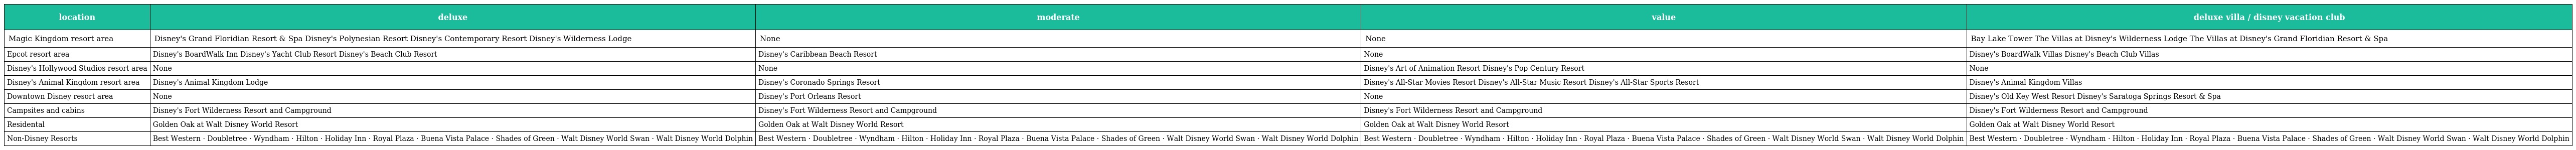
| location | deluxe | moderate | value | deluxe villa / disney vacation club |
 | --- | --- | --- | --- | --- |
 | Magic Kingdom resort area | Disney's Grand Floridian Resort & Spa Disney's Polynesian Resort Disney's Contemporary Resort Disney's Wilderness Lodge | None | None | Bay Lake Tower The Villas at Disney's Wilderness Lodge The Villas at Disney's Grand Floridian Resort & Spa |
 | Epcot resort area | Disney's BoardWalk Inn Disney's Yacht Club Resort Disney's Beach Club Resort | Disney's Caribbean Beach Resort | None | Disney's BoardWalk Villas Disney's Beach Club Villas |
 | Disney's Hollywood Studios resort area | None | None | Disney's Art of Animation Resort Disney's Pop Century Resort | None |
 | Disney's Animal Kingdom resort area | Disney's Animal Kingdom Lodge | Disney's Coronado Springs Resort | Disney's All-Star Movies Resort Disney's All-Star Music Resort Disney's All-Star Sports Resort | Disney's Animal Kingdom Villas |
 | Downtown Disney resort area | None | Disney's Port Orleans Resort | None | Disney's Old Key West Resort Disney's Saratoga Springs Resort & Spa |
 | Campsites and cabins | Disney's Fort Wilderness Resort and Campground | Disney's Fort Wilderness Resort and Campground | Disney's Fort Wilderness Resort and Campground | Disney's Fort Wilderness Resort and Campground |
 | Residental | Golden Oak at Walt Disney World Resort | Golden Oak at Walt Disney World Resort | Golden Oak at Walt Disney World Resort | Golden Oak at Walt Disney World Resort |
 | Non-Disney Resorts | Best Western · Doubletree · Wyndham · Hilton · Holiday Inn · Royal Plaza · Buena Vista Palace · Shades of Green · Walt Disney World Swan · Walt Disney World Dolphin | Best Western · Doubletree · Wyndham · Hilton · Holiday Inn · Royal Plaza · Buena Vista Palace · Shades of Green · Walt Disney World Swan · Walt Disney World Dolphin | Best Western · Doubletree · Wyndham · Hilton · Holiday Inn · Royal Plaza · Buena Vista Palace · Shades of Green · Walt Disney World Swan · Walt Disney World Dolphin | Best Western · Doubletree · Wyndham · Hilton · Holiday Inn · Royal Plaza · Buena Vista Palace · Shades of Green · Walt Disney World Swan · Walt Disney World Dolphin |